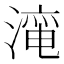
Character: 𱨜